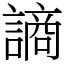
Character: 謪